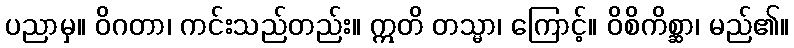
ပညာမှ။ ဝိဂတာ၊ ကင်းသည်တည်း။ ဣတိ တသ္မာ၊ ကြောင့်။ ဝိစိကိစ္ဆာ၊ မည်၏။